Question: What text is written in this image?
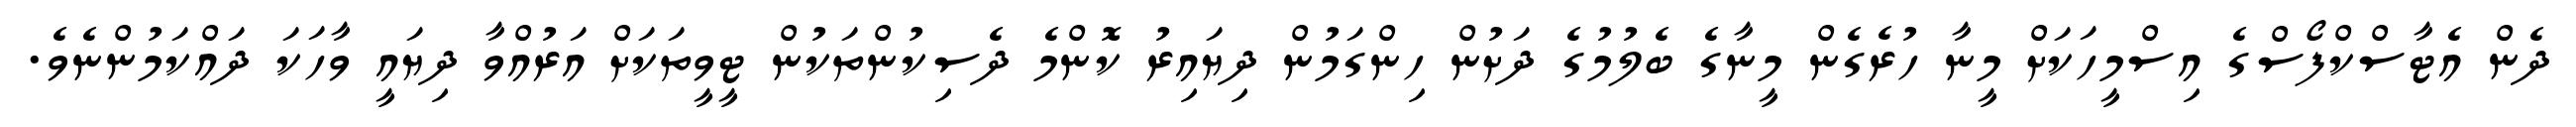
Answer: ދެން އެޓާސްކްފޯސްގެ އިސްމީހަކަށް މީނާ ހުރެގެން މީނާގެ ބެލުމުގެ ދަށުން ހިންގަމުން ދިޔައިރު ކޮންމެ ދެސިކުންތަކުން ޓީވީތަކަށް އަރުއްވާ ދިޔައީ ވާހަކަ ދައްކަމުންނެވެ.